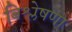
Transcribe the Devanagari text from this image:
बिश्लेषणा